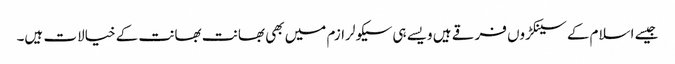
جیسے اسلام کے سینکڑوں فرقے ہیں ویسے ہی سیکولرازم میں بھی بھانت بھانت کے خیالات ہیں۔